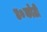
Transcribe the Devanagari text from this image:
४०कोटी